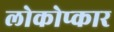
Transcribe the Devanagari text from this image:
लोकोप्कार